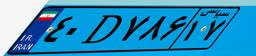
۴۰D۷۸۶۱۷